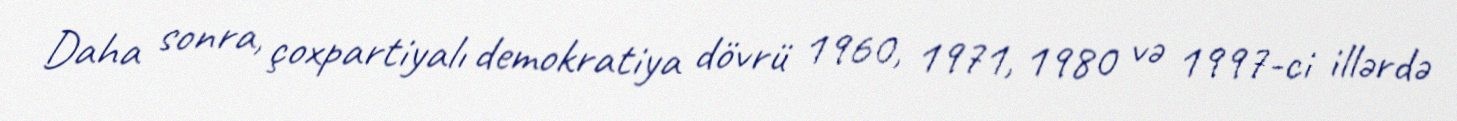
Daha sonra, çoxpartiyalı demokratiya dövrü 1960, 1971, 1980 və 1997-ci illərdə